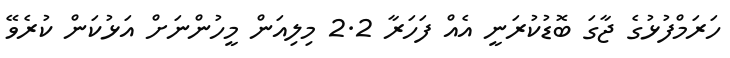
ހަރަމްފުޅުގެ ޖާގަ ބޮޑުކުރަނީ އެއް ފަހަރާ 2.2 މިލިއަން މީހުންނަށް އަޅުކަން ކުރެވޭ